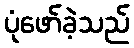
ပုံဖော်ခဲ့သည်